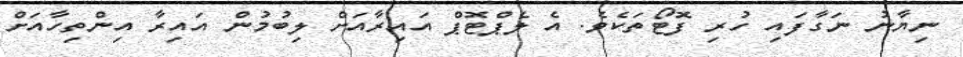
ނިޔާނު ނަގާފައި ހުރި ފޮޓޯތަކެވެ. އެ ލެޕްޓޮޕް އައިރާއަށް ލިބުމުން އައިރާ އިންތިހާއަށް